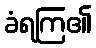
ခံရကြ၏